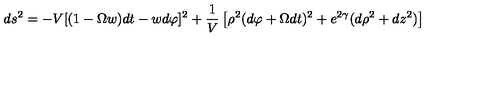
\nonumber d s ^ { 2 } = - V [ ( 1 - \Omega w ) d t - w d \varphi ] ^ { 2 } + { \frac { 1 } { V } } \left[ \rho ^ { 2 } ( d \varphi + \Omega d t ) ^ { 2 } + e ^ { 2 \gamma } ( d \rho ^ { 2 } + d z ^ { 2 } ) \right]